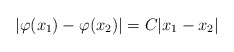
\begin{align*}| \varphi(x_1) - \varphi(x_2) | = C |x_1 - x_2|\end{align*}